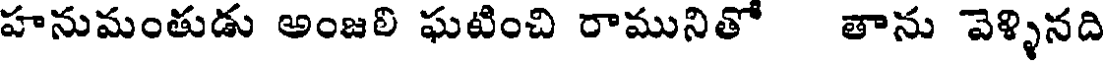
హనుమంతుడు అంజలి ఘటించి రామునితో తాను వెళ్ళినది